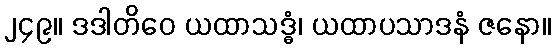
၂၄၉။ ဒဒါတိဝေ ယထာသဒ္ဓံ၊ ယထာပသာဒနံ ဇနော။